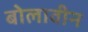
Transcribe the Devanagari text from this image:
बोलावीन